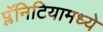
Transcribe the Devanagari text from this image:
प्लॅनिटियामध्ये